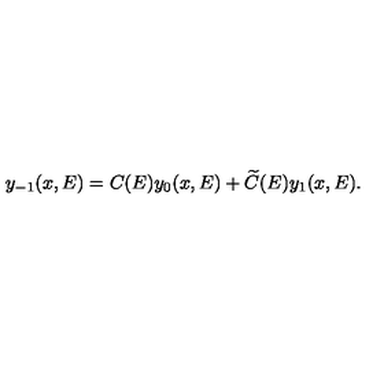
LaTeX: y _ { - 1 } ( x , E ) = C ( E ) y _ { 0 } ( x , E ) + \widetilde C ( E ) y _ { 1 } ( x , E ) .